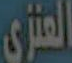
العنزي